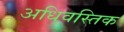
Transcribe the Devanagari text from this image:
अधिवस्तिक